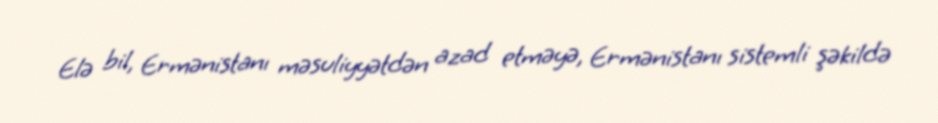
Elə bil, Ermənistanı məsuliyyətdən azad etməyə, Ermənistanı sistemli şəkildə